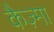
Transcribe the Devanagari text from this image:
कैज़्मा